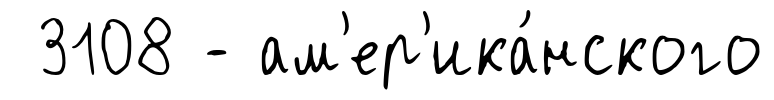
3108 - ам'ер'ика́нского